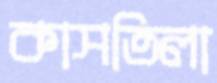
কাসতিলা